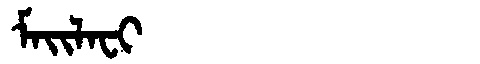
Manchu: ᠮᠠᡳᠯᠠᠸᡳ
Romanization: MAILAFI